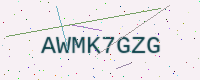
Text: AWMK7GZG